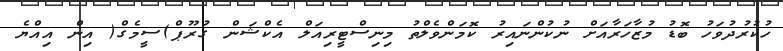
ހުކުރުދުވަހު ބޮޑު މުޒާހަރާއަށް ނުކުންނައިރު ކޮމަންވެލްތު މިނިސްޓީރިއަލް އެކްޝަން ގުރޫޕް)ސީމެގް( އިން އިއްޔެ